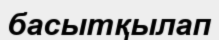
басытқылап